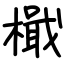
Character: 檝